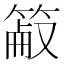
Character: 䈛